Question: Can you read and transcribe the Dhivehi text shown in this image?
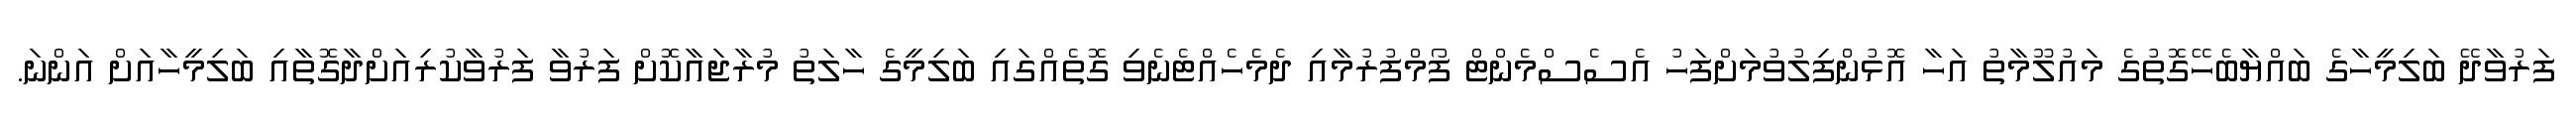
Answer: ފަރުވާދޭ ބަލިމީހާގެ ބައްޔާބެހޭގޮތުގެ މައުލޫމާތު އަހާ އޮޅުންފިލުވުމަށްފަހު އެސެސްމެންޓް ފޯމްފުރުމާއި ދެމެހެއްޓެނެވި ގޮތެއްގައި ބަލިމީގެ ހާލަތު މުރާޖައާކޮށް ފަރުވާ ފަރުވާކުރިއަށްދާގޮތާއި ބަލިމީހާއަށް އަންނަ.